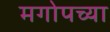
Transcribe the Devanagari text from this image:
मगोपच्या